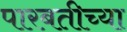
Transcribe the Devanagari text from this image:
पारबतीच्या